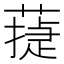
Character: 𦻴